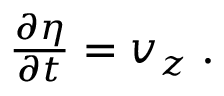
\begin{array} { r } { \frac { \partial \eta } { \partial t } = v _ { z } \; . } \end{array}